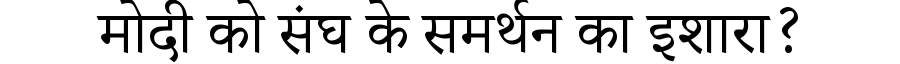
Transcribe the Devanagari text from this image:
मोदी को संघ के समर्थन का इशारा?